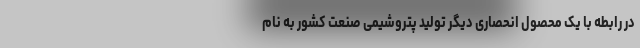
در رابطه با یک محصول انحصاری دیگر تولید پتروشیمی صنعت کشور به نام